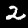
Label: 2